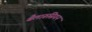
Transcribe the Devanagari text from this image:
बैलारूसियन